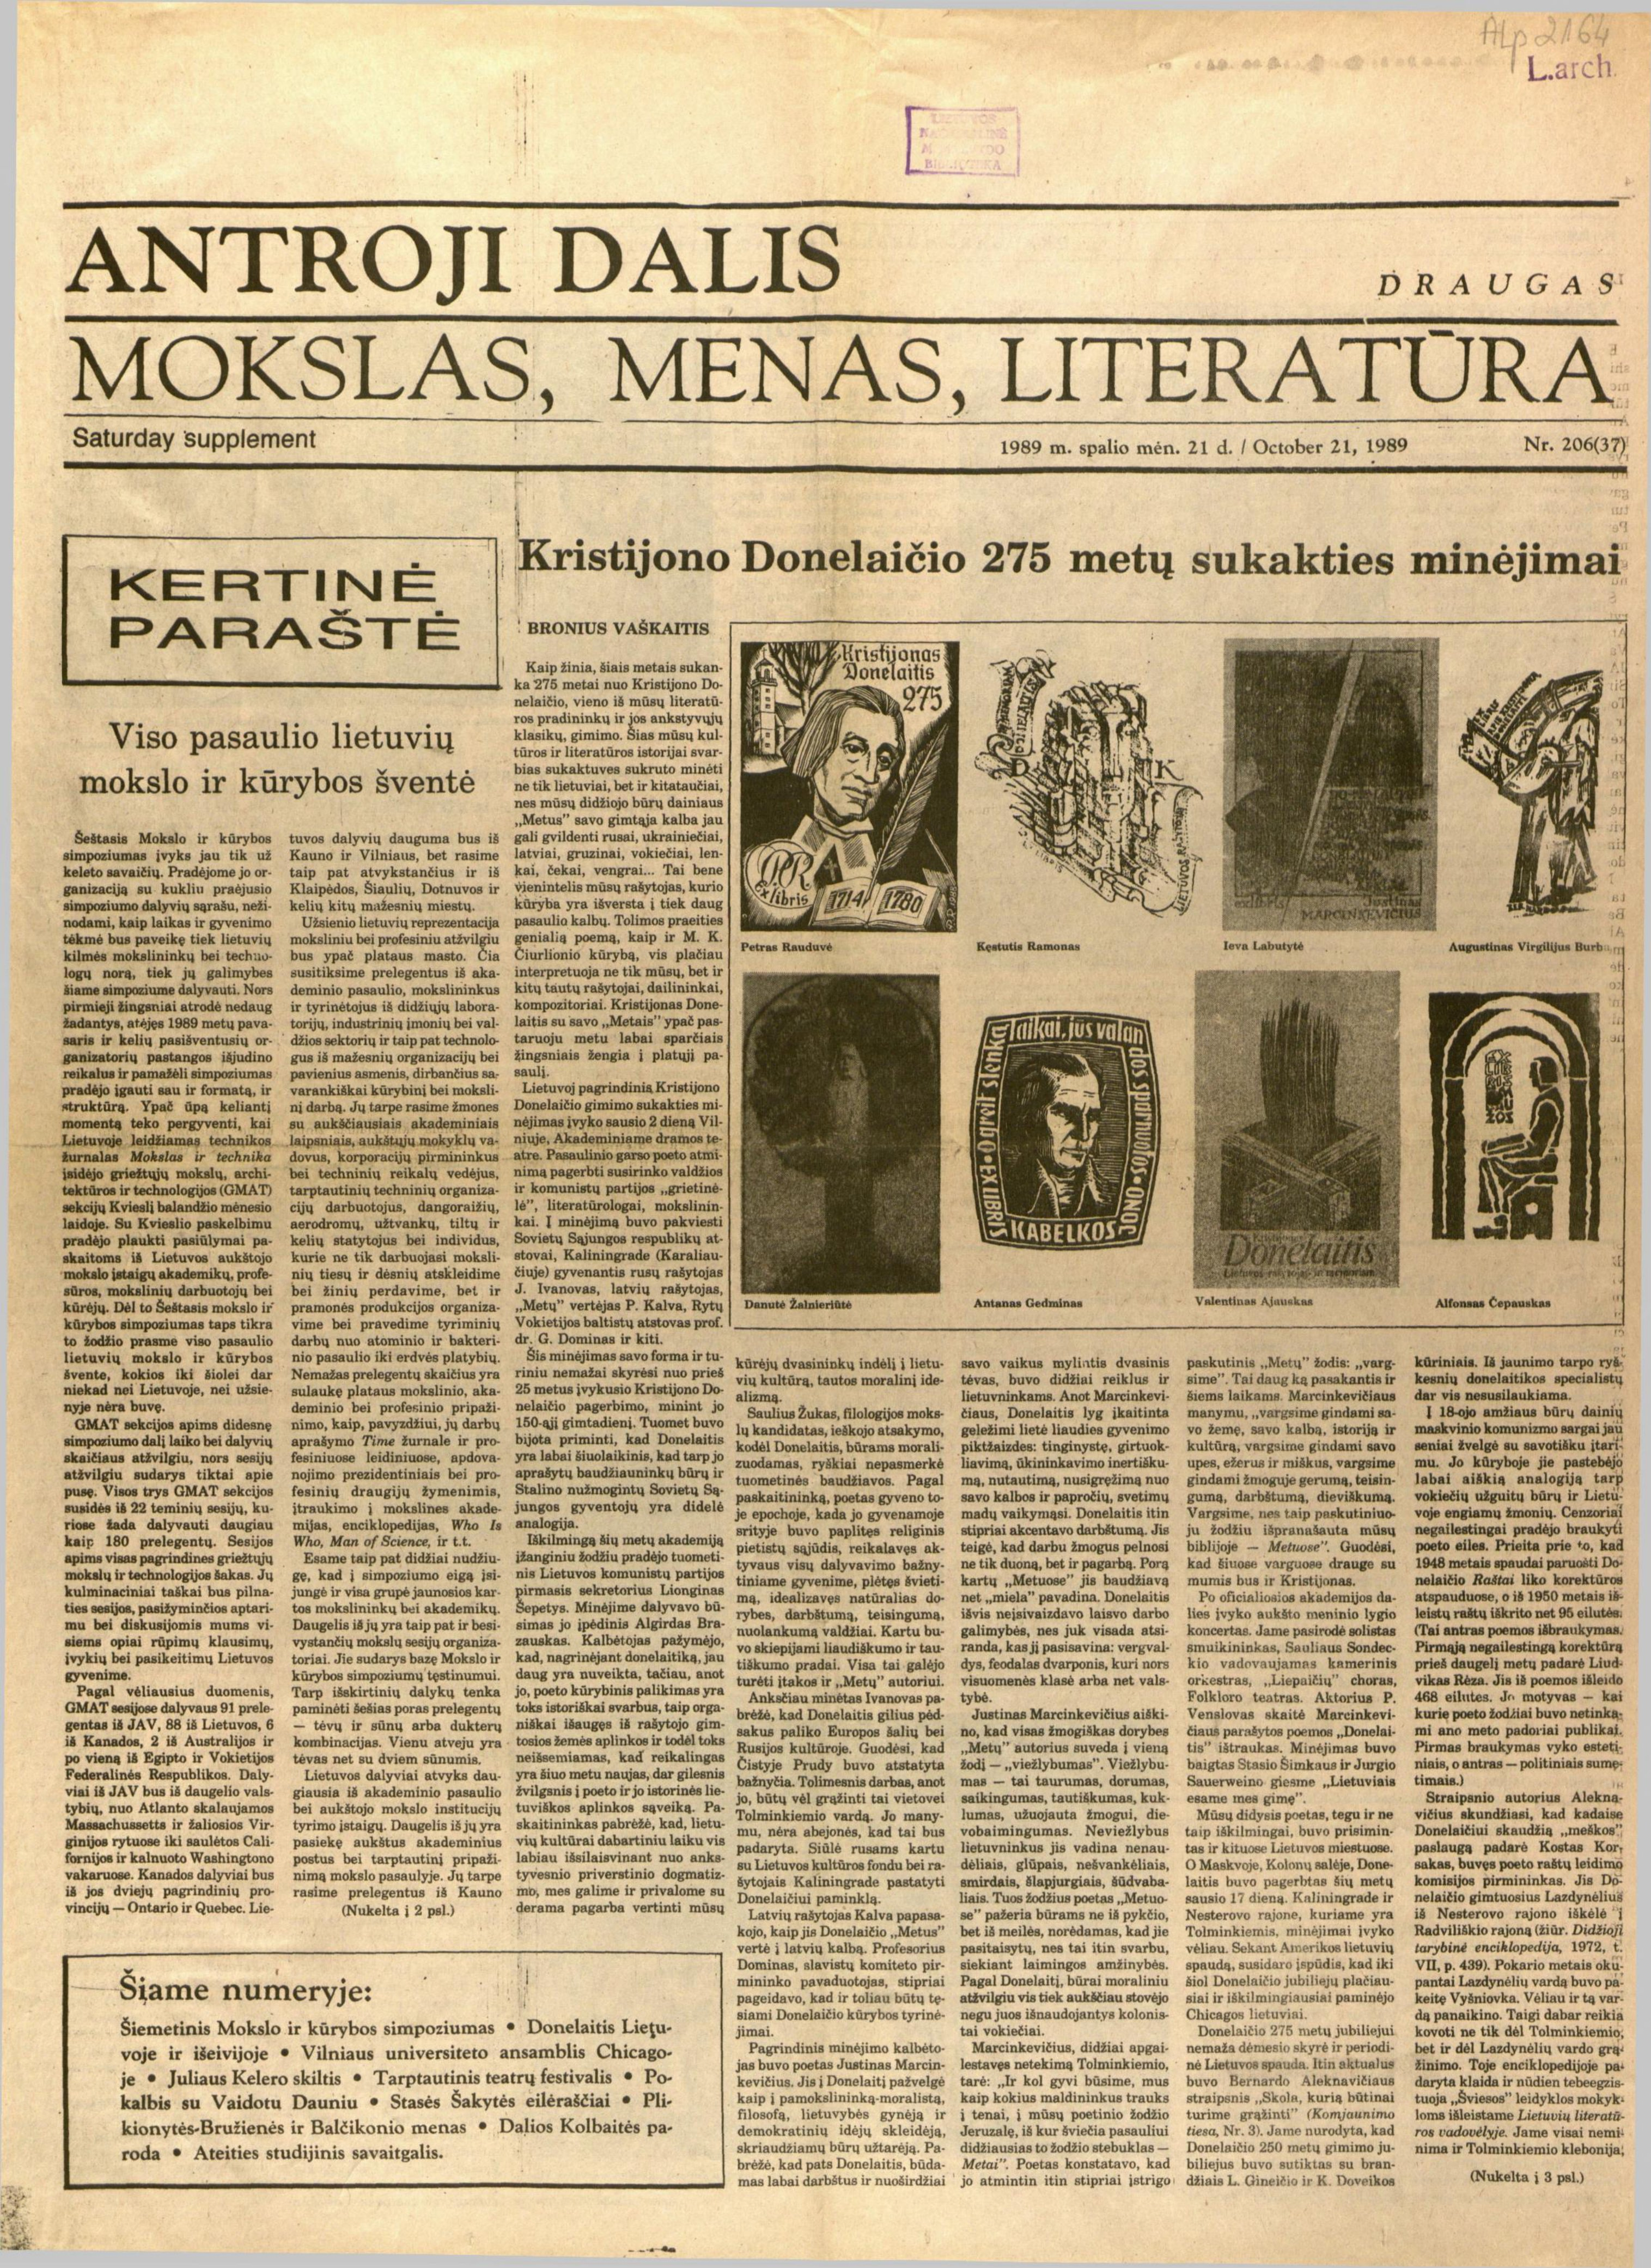
Language: lt